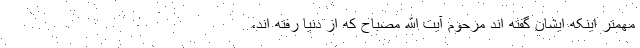
مهمتر اینکه ایشان گفته اند مرحوم آیت الله مصباح که از دنیا رفته اند،